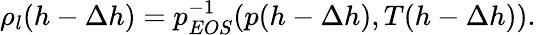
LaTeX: \rho_{l}(h-\Delta h)=p_{EOS}^{-1}(p(h-\Delta h),T(h-\Delta h)).